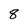
Character: 8